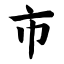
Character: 市